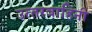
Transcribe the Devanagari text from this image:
उत्‍तरवाहिनी